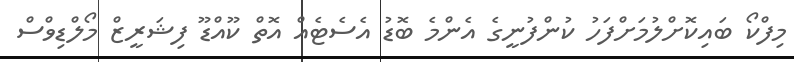
މިފްކޯ ބައިކޮށްލުމަށްފަހު ކުންފުނީގެ އެންމެ ބޮޑު އެސެޓެއް އޮތް ކޫއްޑޫ ފިޝަރީޒް މޯލްޑިވްސް